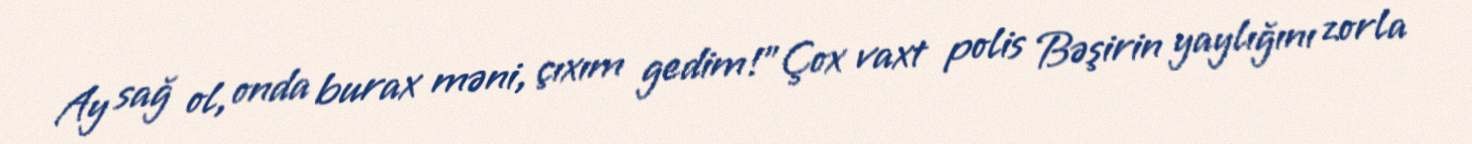
Ay sağ ol, onda burax məni, çıxım gedim!”Çox vaxt polis Bəşirin yaylığını zorla